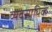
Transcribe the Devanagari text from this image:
व्यवसायिक्